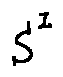
S ^ { I }